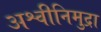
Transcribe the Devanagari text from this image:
अश्वीनिमुद्रा